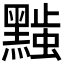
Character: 𬹚